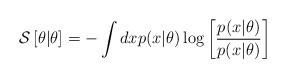
LaTeX: \begin{align*}\mathcal{S}\left[ \theta|\theta_{}\right] \overset{}{=}-\int dxp(x|\theta)\log\left[ \frac{p(x|\theta)}{p(x|\theta_{})}\right] \end{align*}